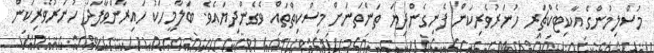
މުސްލިމުންގެ އާކިޓެކްޗަރ ހުނަރުވެރިކަން ފެނިގެންދިޔަ ތަންތަނަށް މިސްކިތްތައް ވެގެންދިޔައެވެ. ބަލާމީހަކު ހައިރާންވާފަދަ ހުނަރުވެރިކަން